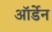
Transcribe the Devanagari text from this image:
ऑर्डेन